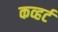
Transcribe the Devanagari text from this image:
कव्हर्ट